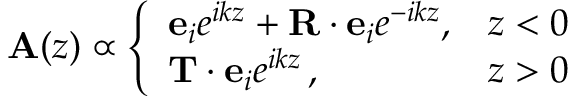
{ \bf A } ( z ) \propto \left\{ \begin{array} { l l } { { \bf e } _ { i } e ^ { i k z } + { \bf R } \cdot { \bf e } _ { i } e ^ { - i k z } , } & { z < 0 } \\ { { \bf T } \cdot { \bf e } _ { i } e ^ { i k z } \, , } & { z > 0 } \end{array} \right.